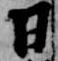
日